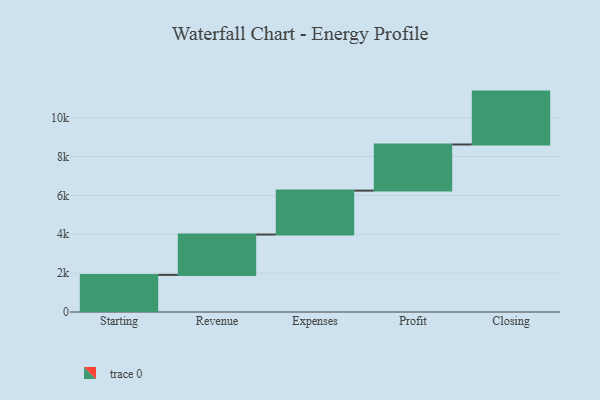
{"axis": {"x": "Step", "y": "Value"}, "legend": [""], "data": [{"x": "Starting", "y": 1908.0, "type": ""}, {"x": "Revenue", "y": 2076.0, "type": ""}, {"x": "Expenses", "y": 2260.0, "type": ""}, {"x": "Profit", "y": 2373.0, "type": ""}, {"x": "Closing", "y": 2721.0, "type": ""}]}